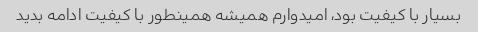
بسیار با کیفیت بود، امیدوارم همیشه همینطور با کیفیت ادامه بدید